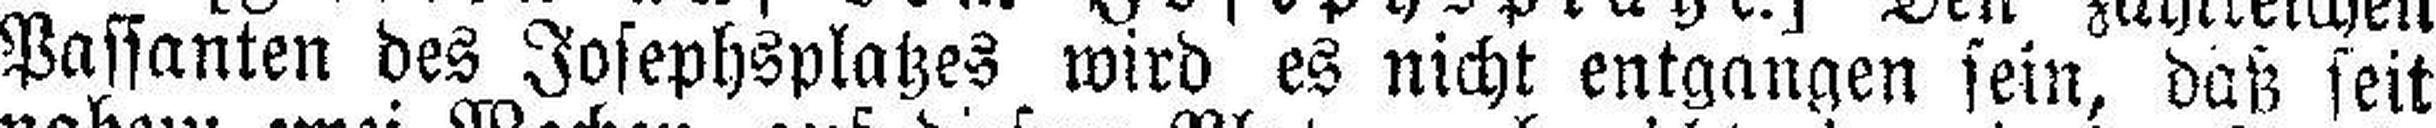
Passanten des Josephsplatzes wird es nicht entgangen sein, daß seit